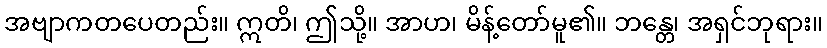
အဗျာကတပေတည်း။ ဣတိ၊ ဤသို့။ အာဟ၊ မိန့်တော်မူ၏။ ဘန္တေ၊ အရှင်ဘုရား။